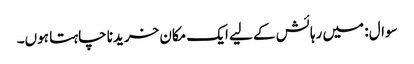
سوال: میں رہائش کے لیے ایک مکان خریدنا چاہتا ہوں۔